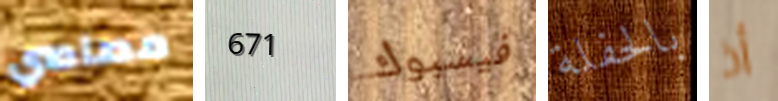
مصاصي 671 فيسبوك بالحفلة أذ